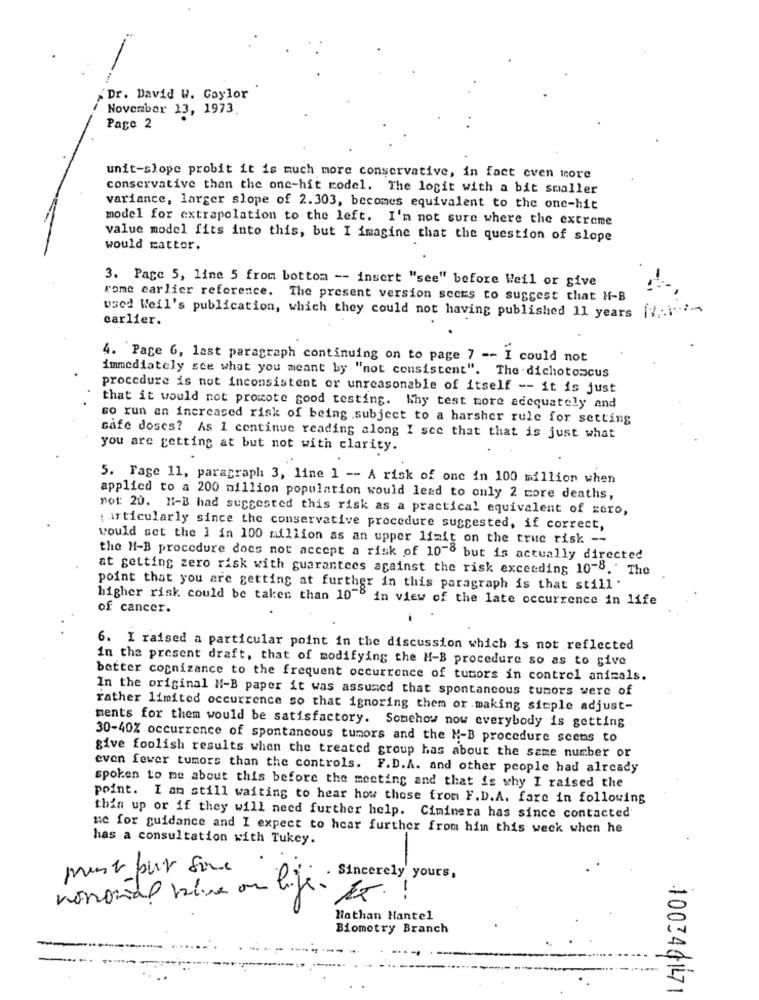
Dr. David W. Gaylor
November 13, 1973.
Page 2
unit-slope probit it is much more conservative, in fact even more
conservative than the one-hit model. The logit with a bit smaller
variance, larger slope of 2.303, becomes equivalent to the one-hit
model for extrapolation to the left. I'm not sure where the extreme
value model fits into this, but I imagine that the question of slope
would matter.
3. Page 5, line 5 from bottom -- insert "see" before Weil or give
rome earlier reference. The present version seems to suggest that H-B
used Weil's publication, which they could not having published 11 years [ ?,- i'
carlier.
4. Page G, last paragraph continuing on to page 7 -- I could not
immediately sce what you meant by "not consistent". The dichotomcus
procedure is not inconsistent or unreasonable of itself -- it is just
that it would not promote good testing. Why test more adequately and
so run an increased risk of being .subject to a harsher rule for setting
safe doses? As I continue reading along I see that that is just what
you are getting at but not with clarity.
5. Fage 11, paragraph 3, line 1 -- A risk of one in 100 million when
applied to a 200 million population would lead to only 2 more deaths,
not: 20. H1-B had suggested this risk as a practical equivalent of zero,
articularly since the conservative procedure suggested, if correct,
would set the 1 in 100 million as an upper limit on the true risk --
the H-B procedure does not accept a risk of 10-8 but is actually directed
at getting zero risk with guarantees against the risk exceeding 10-8.
point that you are getting at further in this paragraph is that still .
higher risk could be taken than 10" in view of the late occurrence in life
of cancer.
6. I raised a particular point in the discussion which is not reflected
in the present draft, that of modifying the H-B procedure so as to give
better cognizance to the frequent occurrence of tumors in control animals.
In the original M-B paper it was assumed that spontaneous tumors were of
rather limited occurrence so that ignoring them or making simple adjust-
ments for them would be satisfactory. Somehow now everybody is getting
30-40% occurrence of spontaneous tumors and the M-B procedure scens to
give foolish results when the treated group has about the same number or
even fewer tumors than the controls. F.D.A. and other people had already
spoken to me about this before the meeting and that is why I raised the
point. I am still waiting to hear how those from F.D.A. fare in following
this up or if they will need further help. Ciminera has since contacted
me for guidance and I expect to hear further from him this weck when he
has a consultation with Tukey.
nonomial blive on life sincerely yours,
1x. !
Hathan Hantel
Biometry Branch
100346171